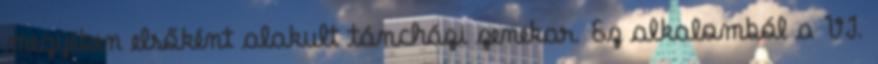
megyében elsőként alakult táncházi zenekar. Ez alkalomból a VI.